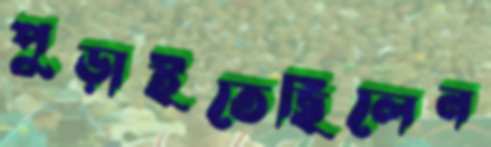
পুড়াইতেছিলেন